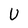
Character: U